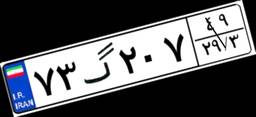
۷۳گ۲۰۷۴۹